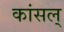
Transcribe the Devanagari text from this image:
कांसल्